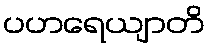
ပဟရေယျာတိ